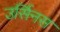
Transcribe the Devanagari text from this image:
उर्सिनस